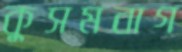
কুসমবাগ